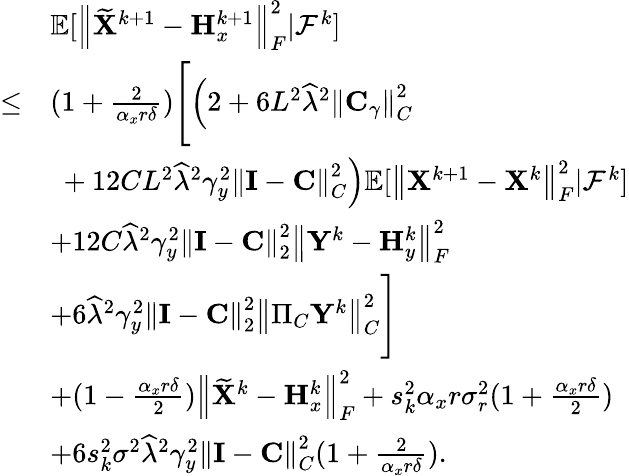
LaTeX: \begin{array}{rl}&{{\mathbb{E}}[\left\| \widetilde{{\mathbf{X}}}^{k+1}-{\mathbf{H}}_{x}^{k+1}\right\| _{F}^{2}\vert{\mathcal{F}}^{k}]}\\ {\leq}&{(1+\frac{2}{\alpha_{x}r\delta})\Bigg[\Big(2+6L^{2}\widehat{\lambda}^{2}\left\| {\mathbf{C}}_{\gamma}\right\| _{C}^{2}}\\ &{~+12CL^{2}\widehat{\lambda}^{2}\gamma_{y}^{2}\left\| {\mathbf{I}}-{\mathbf{C}}\right\| _{C}^{2}\Big){\mathbb{E}}[\left\| {\mathbf{X}}^{k+1}-{\mathbf{X}}^{k}\right\| _{F}^{2}\vert{\mathcal{F}}^{k}]}\\ &{+12C\widehat{\lambda}^{2}\gamma_{y}^{2}\left\| {\mathbf{I}}-{\mathbf{C}}\right\| _{2}^{2}\left\| {\mathbf{Y}}^{k}-{\mathbf{H}}_{y}^{k}\right\| _{F}^{2}}\\ &{+6\widehat{\lambda}^{2}\gamma_{y}^{2}\left\| {\mathbf{I}}-{\mathbf{C}}\right\| _{2}^{2}\left\| \Pi_{C}{\mathbf{Y}}^{k}\right\| _{C}^{2}\Bigg]}\\ &{+(1-\frac{\alpha_{x}r\delta}{2})\left\| \widetilde{{\mathbf{X}}}^{k}-{\mathbf{H}}_{x}^{k}\right\| _{F}^{2}+s_{k}^{2}\alpha_{x}r\sigma_{r}^{2}(1+\frac{\alpha_{x}r\delta}{2})}\\ &{+6s_{k}^{2}\sigma^{2}\widehat{\lambda}^{2}\gamma_{y}^{2}\left\| {\mathbf{I}}-{\mathbf{C}}\right\| _{C}^{2}(1+\frac{2}{\alpha_{x}r\delta}).}\end{array}